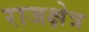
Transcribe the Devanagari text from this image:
राजक्षेत्र